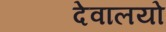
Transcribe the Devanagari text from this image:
देवालयो